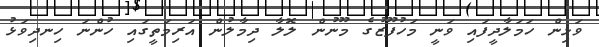
ވަޅިން ހަމަލާދީފައި ވަނީ މަހުފޫޒުގެ މޫނުން ލޮލާ ދިމާލުން އަރިމަތީގައި ހުންނަ ހިނދިވަޅު